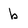
Character: b